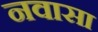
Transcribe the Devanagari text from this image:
नवासा